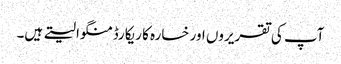
آپ کی تقریروں اور خسارہ کا ریکارڈ منگوا لیتے ہیں۔